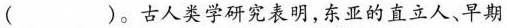
()。古人类学研究表明，东亚的直立人、早期